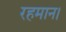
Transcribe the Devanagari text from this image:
रहमान।